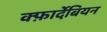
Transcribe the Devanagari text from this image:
क्फ़ार्देबियन